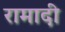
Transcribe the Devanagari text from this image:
रामादी